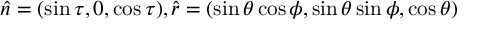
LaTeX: \hat { n } = ( \sin \tau , 0 , \cos \tau ) , \hat { r } = ( \sin \theta \cos \phi , \sin \theta \sin \phi , \cos \theta )